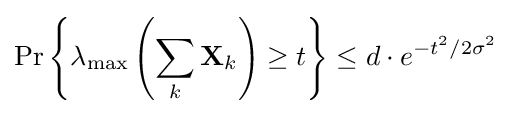
\Pr \left\{\lambda _{\text{max}}\left(\sum _{k}\mathbf {X} _{k}\right)\geq t\right\}\leq d\cdot e^{-t^{2}/2\sigma ^{2}}